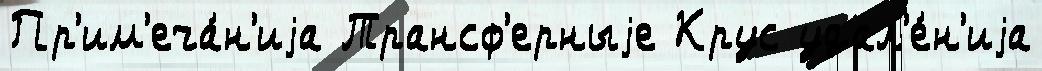
Пр'им'еча́н'иjа Трансф'ерныjе Крус удал'е́н'иjа